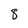
Character: 8